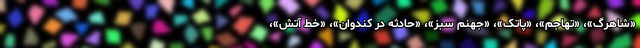
«شاهرگ»، «تهاجم»، «پاتک»، «جهنم سبز»، «حادثه در کندوان»، «خط آتش»،